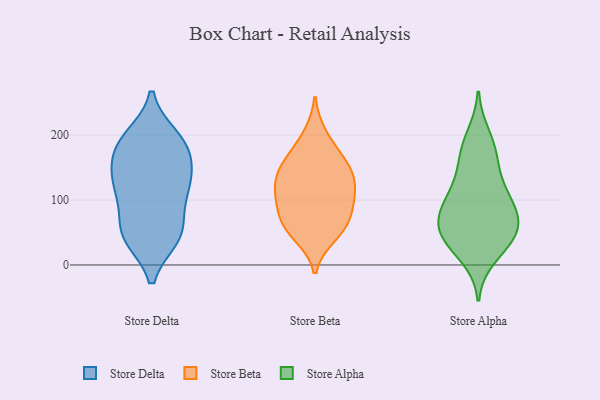
{"axis": {"x": "Satisfaction Score", "y": "Value"}, "legend": ["Store Alpha", "Store Beta", "Store Delta"], "data": [{"x": "", "y": 197, "type": "Store Delta"}, {"x": "", "y": 118, "type": "Store Delta"}, {"x": "", "y": 131, "type": "Store Delta"}, {"x": "", "y": 67, "type": "Store Delta"}, {"x": "", "y": 125, "type": "Store Delta"}, {"x": "", "y": 45, "type": "Store Delta"}, {"x": "", "y": 42, "type": "Store Delta"}, {"x": "", "y": 123, "type": "Store Delta"}, {"x": "", "y": 181, "type": "Store Delta"}, {"x": "", "y": 159, "type": "Store Delta"}, {"x": "", "y": 42, "type": "Store Delta"}, {"x": "", "y": 163, "type": "Store Delta"}, {"x": "", "y": 189, "type": "Store Delta"}, {"x": "", "y": 47, "type": "Store Delta"}, {"x": "", "y": 100, "type": "Store Delta"}, {"x": "", "y": 193, "type": "Store Delta"}, {"x": "", "y": 90, "type": "Store Beta"}, {"x": "", "y": 66, "type": "Store Beta"}, {"x": "", "y": 64, "type": "Store Beta"}, {"x": "", "y": 55, "type": "Store Beta"}, {"x": "", "y": 145, "type": "Store Beta"}, {"x": "", "y": 112, "type": "Store Beta"}, {"x": "", "y": 125, "type": "Store Beta"}, {"x": "", "y": 151, "type": "Store Beta"}, {"x": "", "y": 98, "type": "Store Beta"}, {"x": "", "y": 116, "type": "Store Beta"}, {"x": "", "y": 172, "type": "Store Beta"}, {"x": "", "y": 200, "type": "Store Beta"}, {"x": "", "y": 46, "type": "Store Beta"}, {"x": "", "y": 150, "type": "Store Beta"}, {"x": "", "y": 174, "type": "Store Alpha"}, {"x": "", "y": 52, "type": "Store Alpha"}, {"x": "", "y": 61, "type": "Store Alpha"}, {"x": "", "y": 101, "type": "Store Alpha"}, {"x": "", "y": 115, "type": "Store Alpha"}, {"x": "", "y": 105, "type": "Store Alpha"}, {"x": "", "y": 73, "type": "Store Alpha"}, {"x": "", "y": 172, "type": "Store Alpha"}, {"x": "", "y": 83, "type": "Store Alpha"}, {"x": "", "y": 36, "type": "Store Alpha"}, {"x": "", "y": 13, "type": "Store Alpha"}, {"x": "", "y": 143, "type": "Store Alpha"}, {"x": "", "y": 39, "type": "Store Alpha"}, {"x": "", "y": 41, "type": "Store Alpha"}, {"x": "", "y": 70, "type": "Store Alpha"}, {"x": "", "y": 199, "type": "Store Alpha"}]}